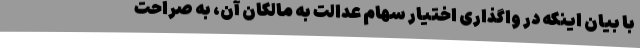
با بیان اینکه در واگذاری اختیار سهام عدالت به مالکان آن، به صراحت